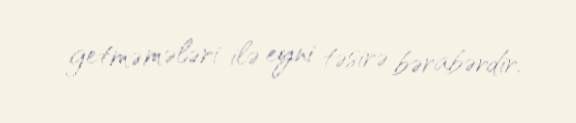
getməmələri ilə eyni təsirə bərabərdir.